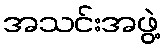
အသင်းအဖွဲ့